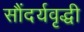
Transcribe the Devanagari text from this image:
सौंदर्यवृद्धी